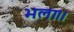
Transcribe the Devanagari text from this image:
भला।।